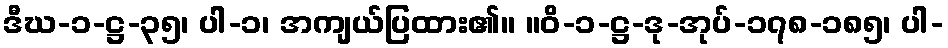
ဒီဃ-၁-ဋ္ဌ-၃၅၊ ပါ-၁၊ အကျယ်ပြထား၏။ ။ဝိ-၁-ဋ္ဌ-ဒု-အုပ်-၁၇၈-၁၈၅၊ ပါ-